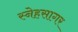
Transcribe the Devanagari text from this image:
स्नेहसागर